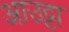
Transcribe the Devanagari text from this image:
आउट्टा